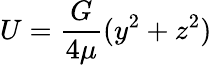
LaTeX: U={\frac{G}{4\mu}}(y^{2}+z^{2})